Report on the Nagpur School of Medicine, Central Provinces
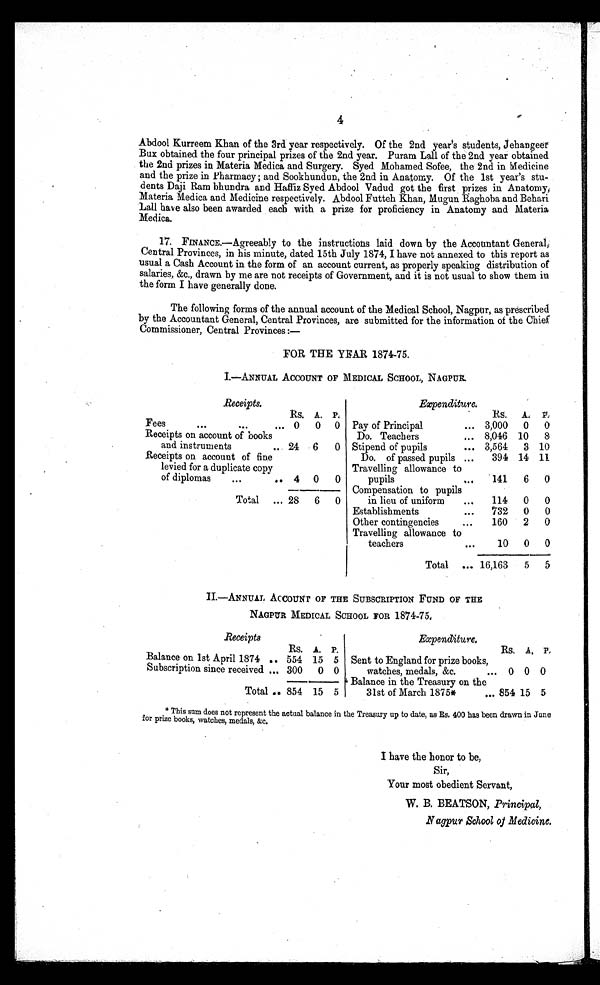
4
Abdool Kurreem Khan of the 3rd year respectively. Of the 2nd year's students, Jehangeer
Bux obtained the four principal prizes of the 2nd year. Puram Lall of the 2nd year obtained
the 2nd prizes in Materia Medica and Surgery. Syed Mohamed Sofee, the 2nd in Medicine
and the prize in Pharmacy ; and Sookhundun, the 2nd in Anatomy. Of the 1st year's stu
- d e n t s D a j i R a m b h u n d r a a n d H a f f i z S y e d A b d o o l V a d u d g o t t h e f i r s t p r i z e s i n A n a t o m y ,
Materia Medica and Medicine respectively. Abdool Futteh Khan, Mugun Raghoba and Behari
Lall have also been awarded each with a prize for proficiency in Anatomy and Materia
Medica.
17. FINANCE.—Agreeably to the instructions laid down by the Accountant General,
Central Provinces, in his minute, dated 15th July 1874, I have not annexed to this report as
usual a Cash Account in the form of an account current, as properly speaking distribution of
salaries, &c., drawn by me are not receipts of Government, and it is not usual to show them in
the form I have generally done.
The following forms of the annual account of the Medical School, Nagpur, as prescribed
by the Accountant General, Central Provinces, are submitted for the information of the Chief
Commissioner, Central Provinces :—
FOR THE YEAR 1874-75.
I.—ANNUAL ACCOUNT OF MEDICAL SCHOOL, NAGPUR
Receipts.
Expenditure.
RS. A. P.
RS.
A. P .
Fees
...
...
... 0
0 0 Pay of Principal
3,000
0
0
Receipts on account of books
Do. Teachers
... 8,046 10
8
and instruments
. . . 24 6
0 Stipend of pupils
... 3,564
3 10
Receipts on account of fine
Do. of passed pupils ...
394 14 11
levied for a duplicate copy
Travelling allowance to
of diplomas
...
.. 4 0
0
pupils
...
141
6
0
Compensation to pupils
Total ... 28
6
0
in lieu of uniform
...
114
0
0
Establishments
...
732
0
0
Other contingencies
...
160
2
0
Travelling allowance to
teachers
...
10
0
0
Total ... 16,163
5
5
II.—ANNUAL ACCOUNT OF THE SUBSCRIPTION FUND OF THE
NAGPUR MEDICAL SCHOOL FOR 1 8 7 4 - 7 5 .
R e c e i p t s
Expenditure.
Balance on 1st April 1874 ..
Rs.
554
A.
15
P.
5 Sent to England for prize books,
Rs. A. P .
Subscription since received ... 300
0 0
watches, medals, &c.
... 0 0 0
Balance in the Treasury on the
Total .. 854 15 5
31st of March 1875*
... 854 15 5
* This sum does not represent the actual balance in the Treasury up to date, as Rs. 400 has been drawn in June
for prize books, watches, medals, &c.
I have the honor to be,
Sir,
Your most obedient Servant,
W. B. BEATSON, Principal,
Nagpur School of Medicine.